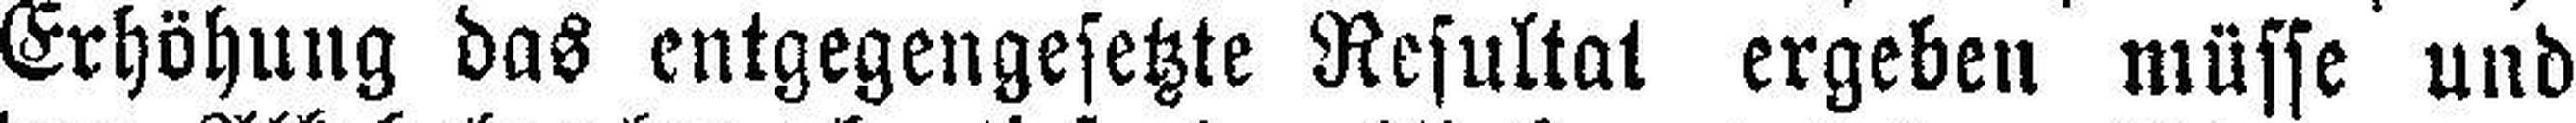
Erhöhung das entgegengesetzte Resultat ergeben müsse und